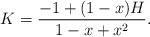
LaTeX: \begin{align*} K = \dfrac{-1+(1-x)H}{1-x+x^2}. \end{align*}